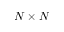
N \times N